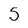
Character: 5